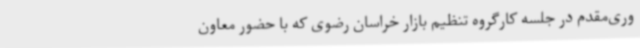
وری‌مقدم در جلسه کارگروه تنظیم بازار خراسان رضوی که با حضور معاون